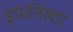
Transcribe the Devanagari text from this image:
इफ़तिखार